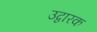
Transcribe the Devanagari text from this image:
उद्वारक